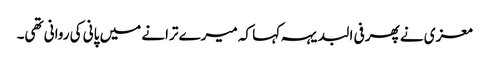
معزی نے پھر فی البدیہہ کہا کہ میرے ترانے میں پانی کی روانی تھی۔